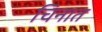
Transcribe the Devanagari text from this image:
चिनात